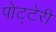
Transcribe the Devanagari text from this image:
पोट्टेरी